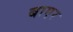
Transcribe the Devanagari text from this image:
बाएर